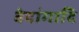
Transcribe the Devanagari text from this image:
वेदांगादि